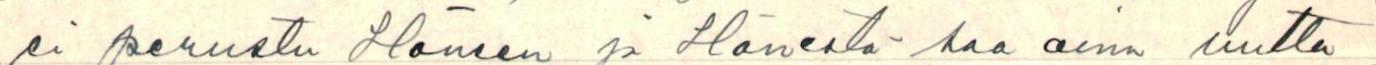
ei perustu Häneen ja Hänestä saa aina uutta